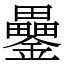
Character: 𨯔